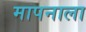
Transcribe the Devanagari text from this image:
मापनाला